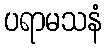
ပရာမသနံ